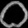
Digit: ၀